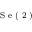
_ \textrm { S e ( 2 ) }